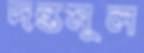
দন্তমূল